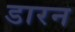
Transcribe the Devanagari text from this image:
डारन